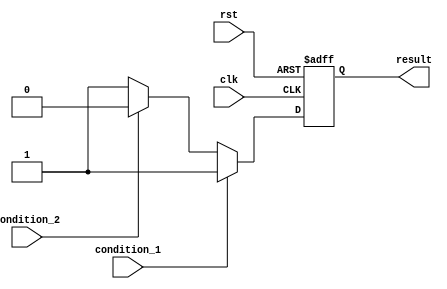
module If_Else_Structure (
    input wire clk,
    input wire rst,
    input wire condition_1,
    input wire condition_2,
    output reg result
);

always @(posedge clk or posedge rst) begin
    if (rst) begin
        result <= 0;
    end else if (condition_1) begin
        result <= 1;
    end else if (condition_2) begin
        result <= 2;
    end else begin
        result <= 3;
    end
end

endmodule